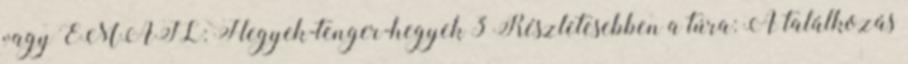
vagy EMAIL: Hegyek-tenger-hegyek 3 Részletesebben a túra: A találkozás